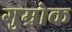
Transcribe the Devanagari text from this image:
गुम्रोक